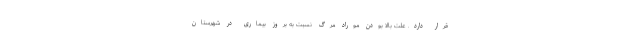
قرار دارد. علت بالا بودن موراد مرگ نسبت به بروز بیماری در شهرستان